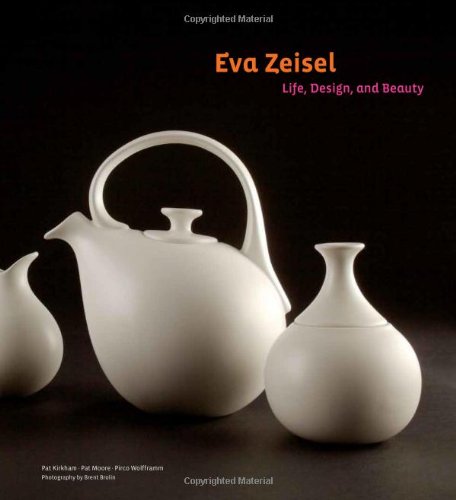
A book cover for Eva Zeisel: Life, Design, and Beauty; Pat Moore; Crafts, Hobbies & Home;